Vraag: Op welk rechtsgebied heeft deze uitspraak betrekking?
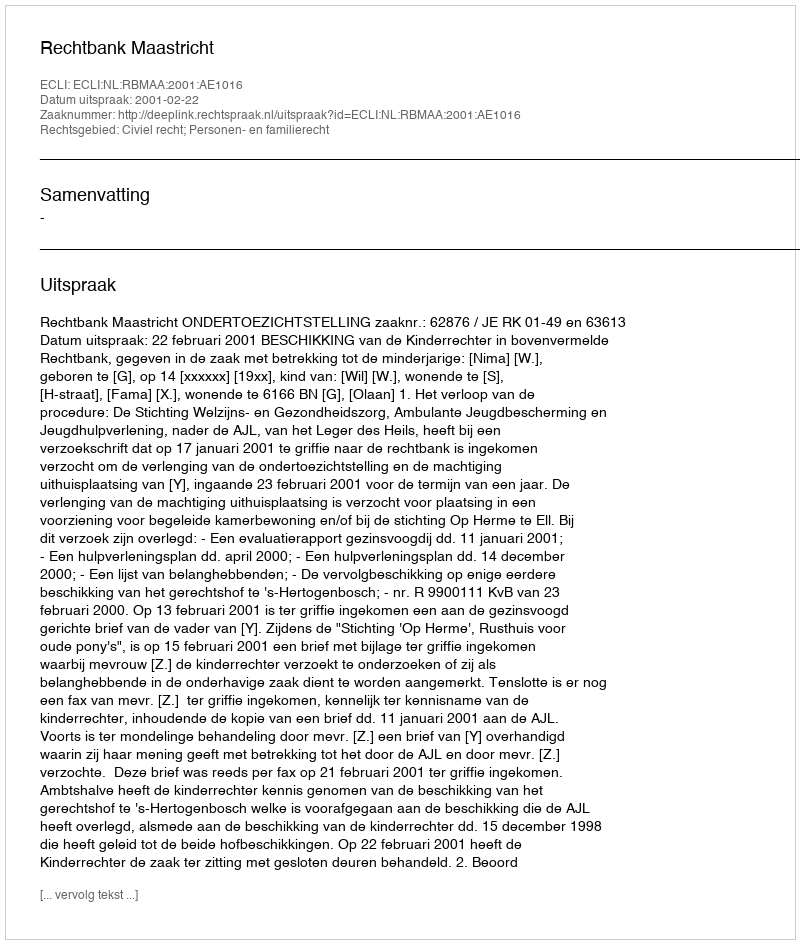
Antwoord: Civiel recht; Personen- en familierecht